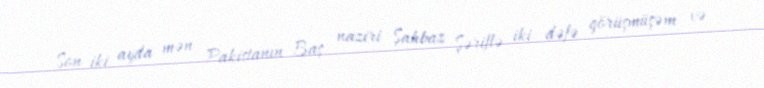
Son iki ayda mən Pakistanın Baş naziri Şahbaz Şəriflə iki dəfə görüşmüşəm və